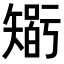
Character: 𥏼